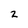
Character: 2